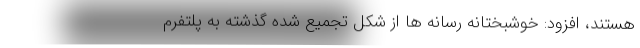
هستند، افزود: خوشبختانه رسانه ها از شکل تجمیع شده گذشته به پلتفرم